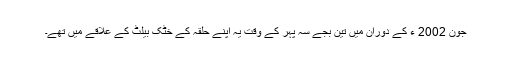
جون 2002 ء کے دوران میں تین بجے سہ پہر کے وقت یہ اپنے حلقہ کے خٹک بیلٹ کے علاقے میں تھے۔